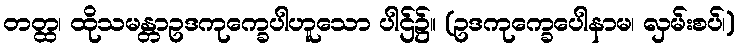
တတ္ထ၊ ထိုသမန္တာဥဒကုက္ခေပါဟူသော ပါဌ်၌။ (ဥဒကုက္ခေပေါနာမ၊ လှမ်းစပ်၊)